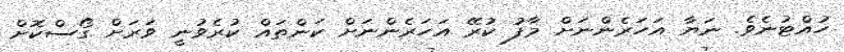
ހުއްޓުނެވެ. ނަޔާ އަހަރެންނަށް މާފު ކުރޭ އަހަރެންނަށް ކަންތައް ކުރެވުނީ ވަރަށް ގޯސްކޮށް